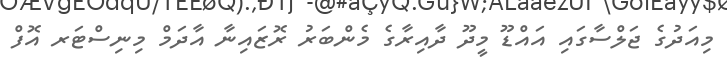
މިއަދުގެ ޖަލްސާގައި އައްޑޫ މީދޫ ދާއިރާގެ މެންބަރު ރޮޒައިނާ އާދަމް މިނިސްޓަރ އޮފް